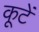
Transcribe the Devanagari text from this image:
कूटें